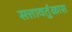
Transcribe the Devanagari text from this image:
सत्तावर्तुळास